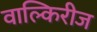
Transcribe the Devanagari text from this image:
वाल्किरीज